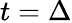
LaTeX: t=\Delta